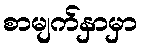
စာမျက်နှာမှာ